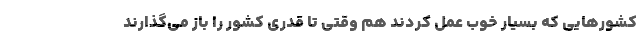
کشورهایی که بسیار خوب عمل کردند هم وقتی تا قدری کشور را باز می‌گذارند